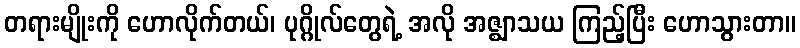
တရားမျိုးကို ဟောလိုက်တယ်၊ ပုဂ္ဂိုလ်တွေရဲ့ အလို အဇ္ဈာသယ ကြည့်ပြီး ဟောသွားတာ။